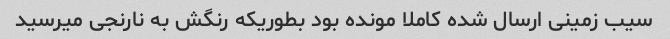
سیب زمینی ارسال شده کاملا مونده بود بطوریکه رنگش به نارنجی میرسید